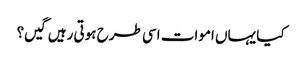
کیا یہاں اموات اسی طرح ہوتی رہیں گیں؟